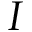
I